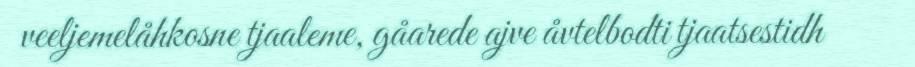
veeljemelåhkosne tjaaleme, gåarede ajve åvtelbodti tjaatsestidh